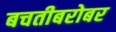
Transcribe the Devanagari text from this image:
बचतीबरोबर